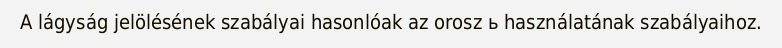
A lágyság jelölésének szabályai hasonlóak az orosz ь használatának szabályaihoz.